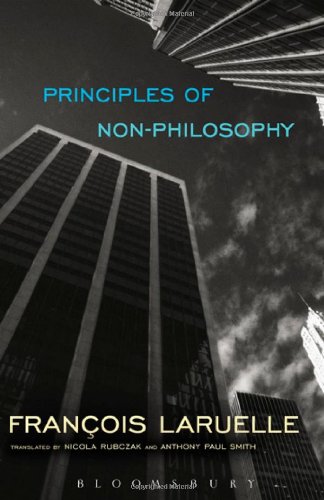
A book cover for Principles of Non-Philosophy; Francois Laruelle; Politics & Social Sciences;